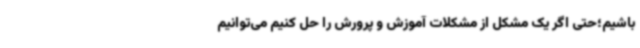
باشیم؛حتی اگر یک مشکل از مشکلات آموزش و پرورش را حل کنیم می‌توانیم